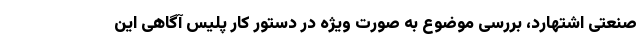
صنعتی اشتهارد، بررسی موضوع به صورت ویژه در دستور کار پلیس آگاهی این